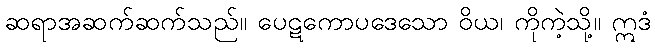
ဆရာအဆက်ဆက်သည်။ ပေဋကောပဒေသော ဝိယ၊ ကိုကဲ့သို့။ ဣဒံ